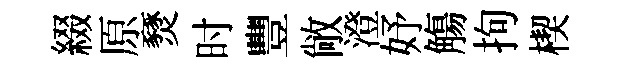
綴原燹时豐敞澄妤觴拘楔